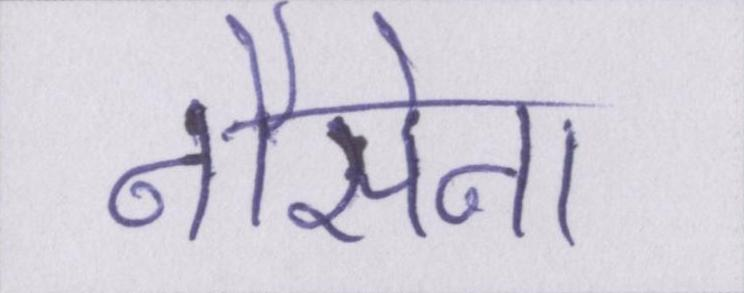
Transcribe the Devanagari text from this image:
नौसेना